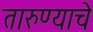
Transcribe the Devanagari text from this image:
तारुण्याचे